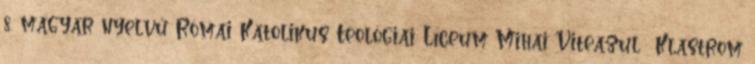
8. magyar nyelvű Római Katolikus Teológiai Líceum Mihai Viteazul Klastrom